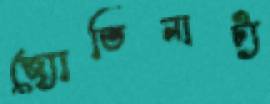
জ্যোতিনাট্য